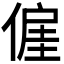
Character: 𬿍